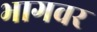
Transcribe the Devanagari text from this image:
भागवर